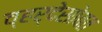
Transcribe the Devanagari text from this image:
व्हर्देसोबत